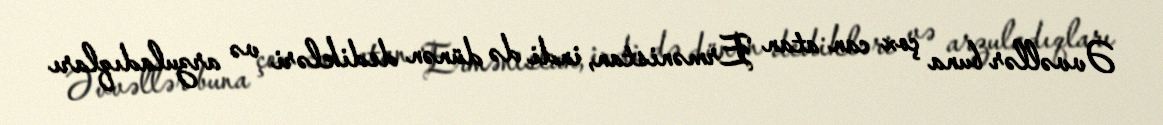
Əvvəllər buna çox can atan Ermənistan, indi də dünən dedikləri və arzuladıqları